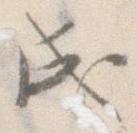
成